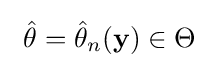
~{\hat {\theta }}={\hat {\theta }}_{n}(\mathbf {y} )\in \Theta ~